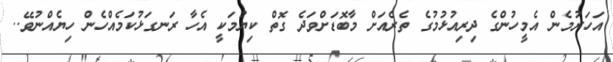
އަހަރުމެން އެމީހުންގެ ދިރިއުޅުމުގެ ތެރެއަށް މާބޮޑަށްވަދެ ގޮތް ކިޔުމަކީ އެހާ ރަނގަޅުކަމެއްހެން ހިޔެއްނުވޭ..